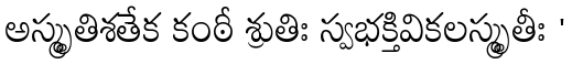
అస్మృతిశతేక కంఠీ శ్రుతిః స్వభక్తివికలస్మృతీః '